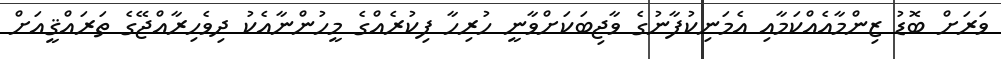
ވަރަށް ބޮޑު ޒިންމާއެއްކަމާއި އެމަނިކުފާނުގެ ވާޖިބަކަށްވާނީ ހުރިހާ ފިކުރެއްގެ މީހުންނާއެކު ދިވެހިރާއްޖޭގެ ތަރައްޤީއަށް